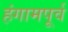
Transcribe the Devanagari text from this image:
हंगामपूर्व